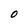
Character: O